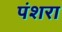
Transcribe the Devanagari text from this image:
पंशरा